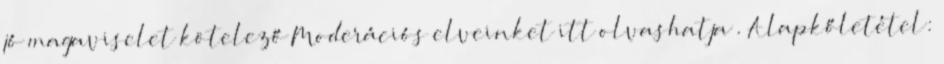
jó magaviselet kötelező Moderációs elveinket itt olvashatja . Alapkőletétel: